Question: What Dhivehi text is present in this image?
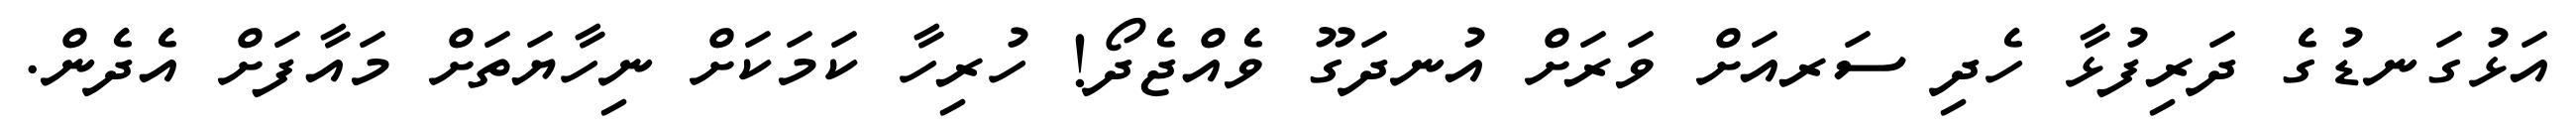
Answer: އަޅުގަނޑުގެ ދަރިފުޅާ ހެދި ސަރއަށް ވަރަށް އުނދަގޫ ވެއްޖެދޯ! ހުރިހާ ކަމަކަށް ނިހާޔަތަށް މައާފަށް އެދެން.